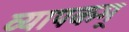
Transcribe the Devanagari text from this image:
व्यापकम्